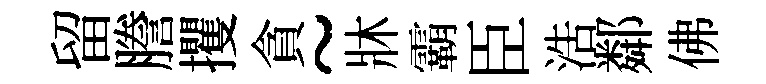
留謄攫貪~牀霸臣浩鄰佛